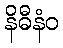
နိဓီနံဝ